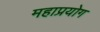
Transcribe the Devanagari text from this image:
महाप्रयोग